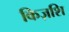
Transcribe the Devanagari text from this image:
किज़शि